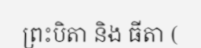
ព្រះបិតា និង ធីតា (